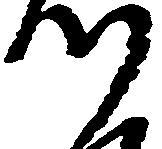
つ